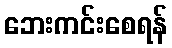
ဘေးကင်းစေရန်